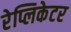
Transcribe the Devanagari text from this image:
रेप्लिकेटर